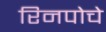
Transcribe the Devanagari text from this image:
रिनपोचे